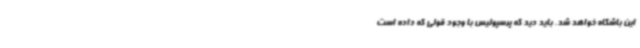
این باشگاه خواهد شد. باید دید که پرسپولیس با وجود قولی که داده است